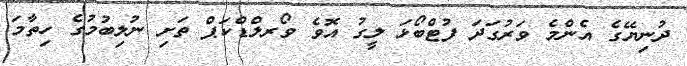
ދުނިޔޭގެ އެންމެ ވަރުގަދަ ފުޓްބޯޅަ ލީގު އޮވެ ވޯރލްޑްކަޕް ތަށި ނުލިބުމުގެ ހިތާމަ